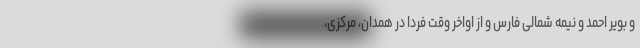
و بویر احمد و نیمه شمالی فارس و از اواخر وقت فردا در همدان، مرکزی،